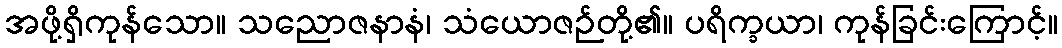
အဖို့ရှိကုန်သော။ သညောဇနာနံ၊ သံယောဇဉ်တို့၏။ ပရိက္ခယာ၊ ကုန်ခြင်းကြောင့်။